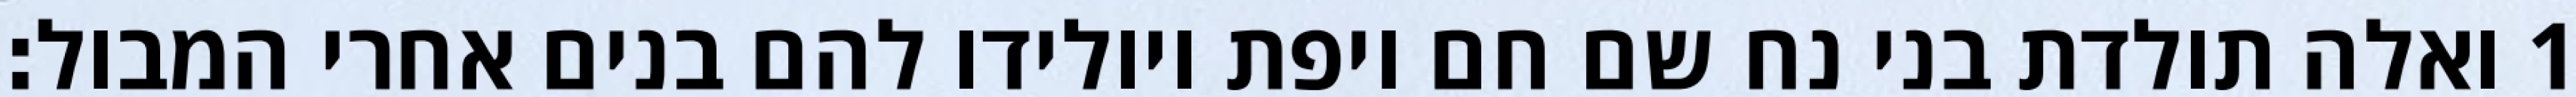
1 ואלה תולדת בני נח שם חם ויפת ויולידו להם בנים אחרי המבול׃